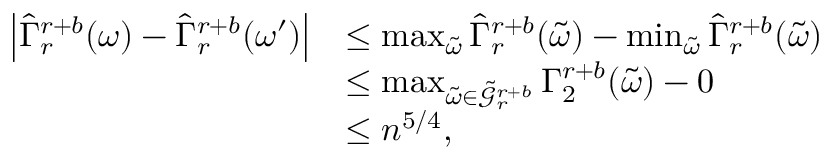
\begin{array} { r l } { \left| \widehat { \Gamma } _ { r } ^ { r + b } ( \omega ) - \widehat { \Gamma } _ { r } ^ { r + b } ( \omega ^ { \prime } ) \right| } & { \leq \operatorname* { m a x } _ { \tilde { \omega } } \widehat { \Gamma } _ { r } ^ { r + b } ( \tilde { \omega } ) - \operatorname* { m i n } _ { \tilde { \omega } } \widehat { \Gamma } _ { r } ^ { r + b } ( \tilde { \omega } ) } \\ & { \leq \operatorname* { m a x } _ { \tilde { \omega } \in \tilde { \mathcal { G } } _ { r } ^ { r + b } } \Gamma _ { 2 } ^ { r + b } ( \tilde { \omega } ) - 0 } \\ & { \leq n ^ { 5 / 4 } , } \end{array}